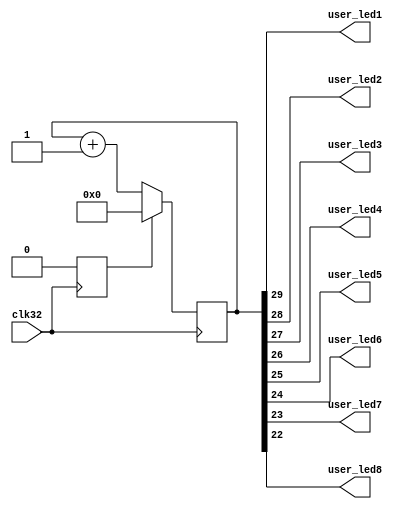
/* Machine-generated using Migen */
module top(
	output user_led1,
	output user_led2,
	output user_led3,
	output user_led4,
	output user_led5,
	output user_led6,
	output user_led7,
	output user_led8,
	input clk32
);

reg [29:0] counter = 30'd0;
wire sys_clk;
wire sys_rst;
wire por_clk;
reg int_rst = 1'd1;

// synthesis translate_off
reg dummy_s;
initial dummy_s <= 1'd0;
// synthesis translate_on

assign user_led1 = counter[29];
assign user_led2 = counter[28];
assign user_led3 = counter[27];
assign user_led4 = counter[26];
assign user_led5 = counter[25];
assign user_led6 = counter[24];
assign user_led7 = counter[23];
assign user_led8 = counter[22];
assign sys_clk = clk32;
assign por_clk = clk32;
assign sys_rst = int_rst;

always @(posedge por_clk) begin
	int_rst <= 1'd0;
end

always @(posedge sys_clk) begin
	counter <= (counter + 1'd1);
	if (sys_rst) begin
		counter <= 30'd0;
	end
end

endmodule